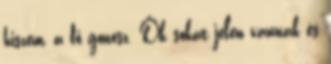
hiszem, a fő gonosz. Ők sokat jelen vannak és